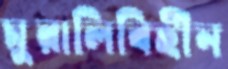
মুরালিবিহীন